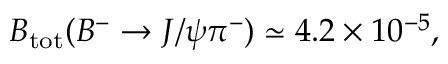
{ \cal B } _ { \mathrm { t o t } } ( B ^ { - } \rightarrow J / \psi \pi ^ { - } ) \simeq 4 . 2 \times 1 0 ^ { - 5 } ,